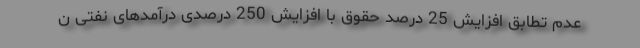
عدم تطابق افزایش 25 درصد حقوق با افزایش 250 درصدی درآمدهای نفتی ن